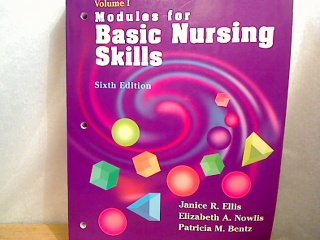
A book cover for Modules for Basic Nursing Skills; Janice Rider Ellis PhD  RN; Medical Books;